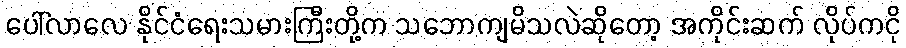
ပေါ်လာလေ နိုင်ငံရေးသမားကြီးတို့က သဘောကျမိသလဲဆိုတော့ အကိုင်းဆက် လိုပ်ကငို